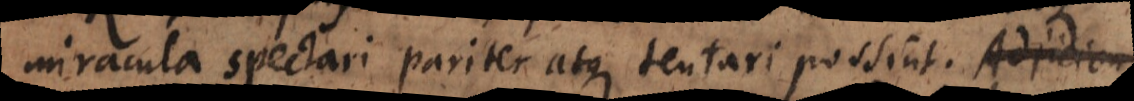
miracula spectari pariter atque tentari possint. Ubi